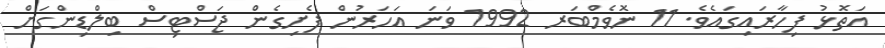
އަތޮޅު ފިހާރައިގައެވެ. 11 ނޮވެމްބަރ 1992 ވަނަ އަހަރުން ފެށިގެން ޖަސްޓިސް ބިލްޑިންގަށް